Elephants and their diseases
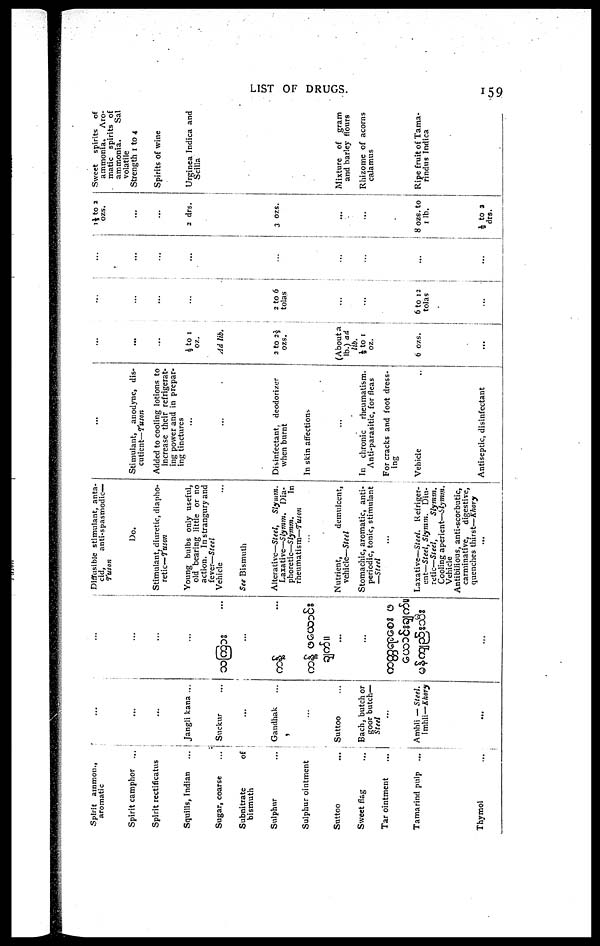
LIST OF DRUGS.
159
Spirit ammon.,
aromatic
Spirit camphor
...
Spirit rectificatus
Squills, Indian
Sugar, coarse
Subnitrate
of
bismuth
Sulphur
Sulphur ointment
Suttoo
...
Sweet flag
Tar ointment
Tamarind pulp
...
Thymol
...
...
....
Jangli kana ...
Suckur
...
Gandhak
...
Suttoo
Bach, butch or
goor butch—
Steel
...
Amhli — Steel.
Imhli—Khory
...
...
...
...
...
...
...
...
Diffusible stimulant, anta¬
cid,
anti-spasmodic—
Tuson
Do.
Stimulant, diuretic, diapho¬
retic— Tuson
Young bulbs only useful,
old bearing little or no
action. In strangury and
fever—Steel
Vehicle
See Bismuth
Alterative—Steel,
Slymm.
Laxative—Slymm. Dia¬
phoretic—Slymm.
In
rheumatism—Tuson
...
Nutrient,
demulcent,
vehicle—Steel
Stomachic, aromatic, anti¬
periodic, tonic, stimulant
—Steel
...
Laxative—Steel.
Refriger-
ent—Steel, Slymm.
Diu¬
retic—Steel,
Slymm.
Cooling aperient—Slymm.
Vehicle
Antibilious, anti-scorbutic,
carminative,
digestive,
quenches thirst—Khory
...
...
Stimulant, anodyne, dis¬
cutient— Tuson
Added to cooling lotions to
increase their refrigerat¬
ing power and in prepar¬
ing tinctures
...
...
Disinfectant, deodorizer
when burnt
In skin affections
...
In chronic
rheumatism.
Anti-parasitic, for fleas
For cracks and foot dress¬
ing
Vehicle
Antiseptic, disinfectant
...
...
...
½ to 1
oz.
Ad lib.
2 to 2½
ozs.
(About a
lb.) ad
lib.
½ to 1
oz.
6 ozs.
...
...
...
...
...
2 to 6
tolas
...
....
6 to 12
tolas
....
...
...
...
...
...
...
...
...
...
1½ to 2
ozs.
...
...
2 drs.
3 ozs.
...
...
8 ozs. to
1 lb.
½ to 2
drs.
Sweet
spirits of
ammonia.
Aro-
matic spirits of
ammonia.
Sal
volatile
Strength 1 to 4
Spirits of wine
Urginea Indica and
Scilla
Mixture of gram
and barley flours
Rhizome of acorns
calamus
Rine fruit of Tama¬
rindus Indica